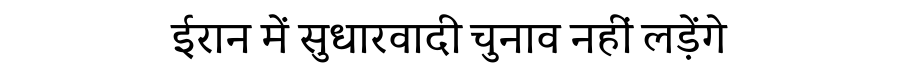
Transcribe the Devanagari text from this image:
ईरान में सुधारवादी चुनाव नहीं लड़ेंगे